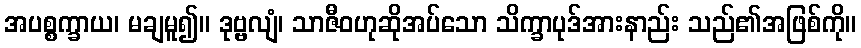
အပစ္စက္ခာယ၊ မချမူ၍။ ဒုဗ္ဗလျံ၊ သာဇီဝဟုဆိုအပ်သော သိက္ခာပုဒ်အားနာည်း သည်၏အဖြစ်ကို။